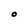
Character: O